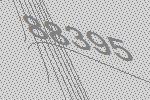
88395